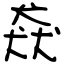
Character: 猋